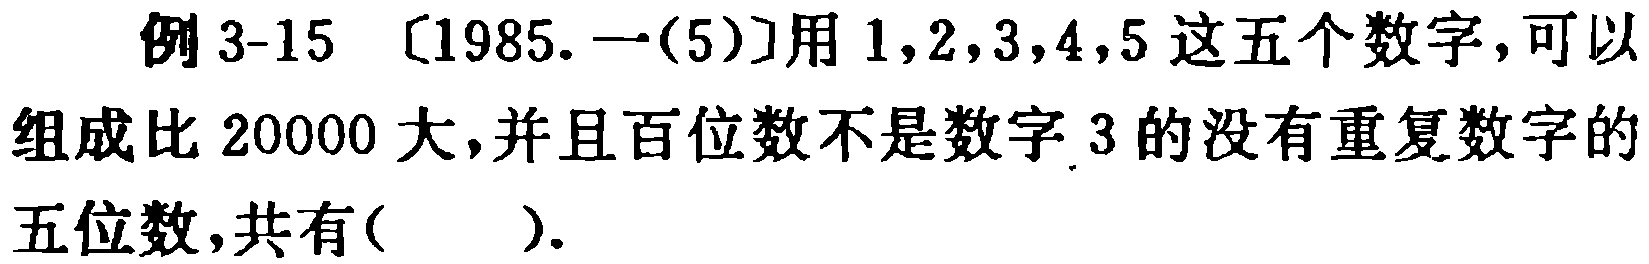
例 3-15 [1985. 一(5)]用 \(1,2,3,4,5\) 这五个数字，可以组成比 \(20000\) 大，并且百位数不是数字 \(3\) 的没有重复数字的五位数，共有( ).